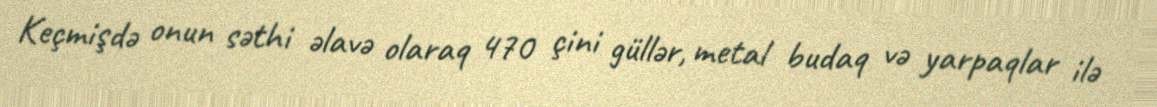
Keçmişdə onun səthi əlavə olaraq 470 çini güllər, metal budaq və yarpaqlar ilə